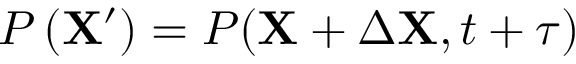
P \left( \mathbf { X ^ { \prime } } ) = P ( \mathbf { X } + \Delta \mathbf { X } , t + \tau \right)